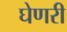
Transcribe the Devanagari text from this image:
घेणरी